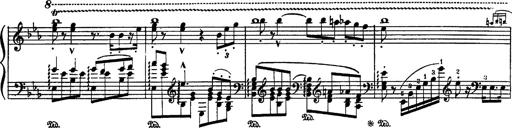
Title: Fantaisie sur des motifs favoris de l'opÃ©ra 'La sonnambula'
Composer: Franz Liszt